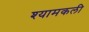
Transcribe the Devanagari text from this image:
श्यामकली